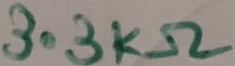
Text: 3.3KΩ